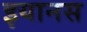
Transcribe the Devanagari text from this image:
इयानस